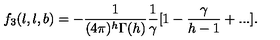
f _ { 3 } ( l , l , b ) = - \frac { 1 } { ( 4 \pi ) ^ { h } \Gamma ( h ) } \frac { 1 } { \gamma } [ 1 - \frac { \gamma } { h - 1 } + . . . ] .